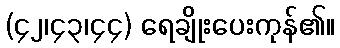
(၄၂၊၄၃၊၄၄) ရေချိုးပေးကုန်၏။